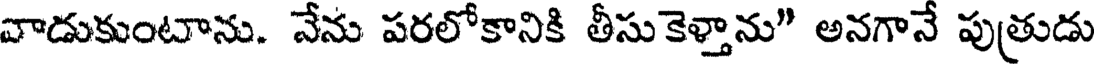
వాడుకుంటాను. నేను పరలోకానికి తీసుకెళ్తాను" అనగానే పుత్రుడు